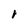
Character: i